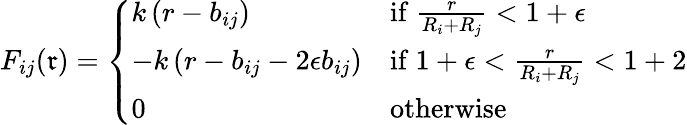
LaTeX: F_{ij}(\mathfrak{r})=\left\{ \begin{array}{ll}{k\left(r-b_{ij}\right)}&{\mathrm{if~}\frac{r}{R_{i}+R_{j}}<1+\epsilon}\\ {-k\left(r-b_{ij}-2\epsilon b_{ij}\right)}&{\mathrm{if~}1+\epsilon<\frac{r}{R_{i}+R_{j}}<1+2}\\ {0}&{\mathrm{otherwise}}\end{array}\right.